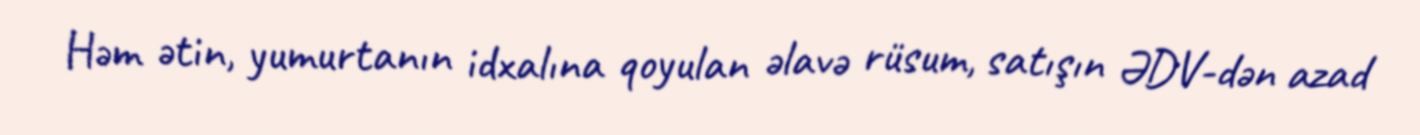
Həm ətin, yumurtanın idxalına qoyulan əlavə rüsum, satışın ƏDV-dən azad